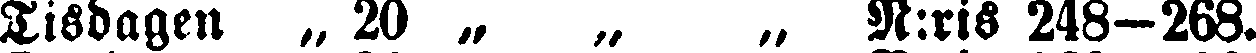
Tisdagen „ 20 „ „ „ N:ris 248-268.